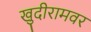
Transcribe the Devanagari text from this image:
खुदीरामवर